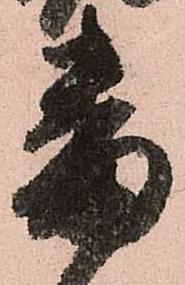
番